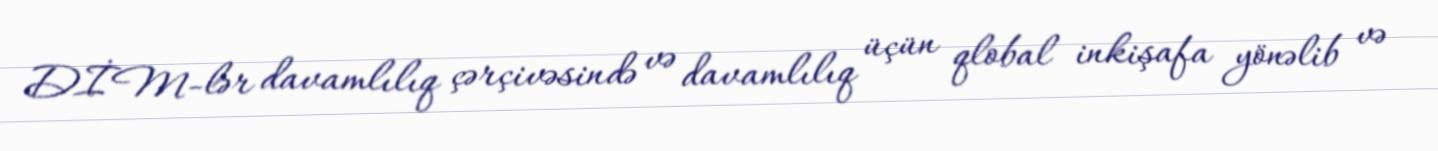
DİM-lər davamlılıq çərçivəsində və davamlılıq üçün qlobal inkişafa yönəlib və